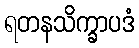
ရတနသိက္ခာပဒံ